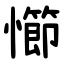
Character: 㦢